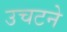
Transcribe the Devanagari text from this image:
उचटने